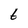
Character: t